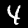
Label: 4